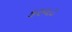
કરવટ